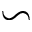
\backsim